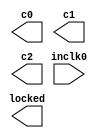
/* ctrl_clk.v */
/* 2012, rok.krajnc@gmail.com */


module ctrl_clk (
  input  wire inclk0,
  output wire c0,
  output wire c1,
  output wire c2,
  output wire locked
);


`ifdef MINIMIG_ALTERA
ctrl_clk_altera ctrl_clk_i (
  .inclk0   (inclk0 ),
  .c0       (c0     ),
  .c1       (c1     ),
  .c2       (c2     ),
  .locked   (locked )
);
`endif


`ifdef MINIMIG_XILINX
ctrl_clk_xilinx ctrl_clk_i (
  .inclk0   (inclk0 ),
  .c0       (c0     ),
  .c1       (c1     ),
  .c2       (c2     ),
  .locked   (locked )
);
`endif


endmodule